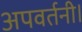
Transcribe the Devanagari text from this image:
अपवर्तनी।